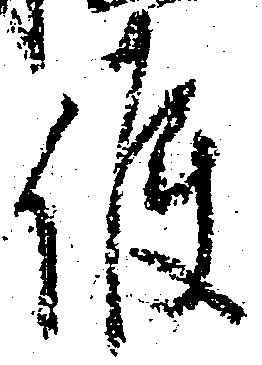
候